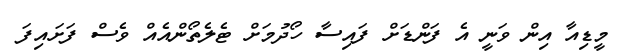
މީޑިއާ އިން ވަނީ އެ ފަންޑަށް ފައިސާ ހޯދުމަށް ޓެލެތޯންއެއް ވެސް ފަށައިފަ